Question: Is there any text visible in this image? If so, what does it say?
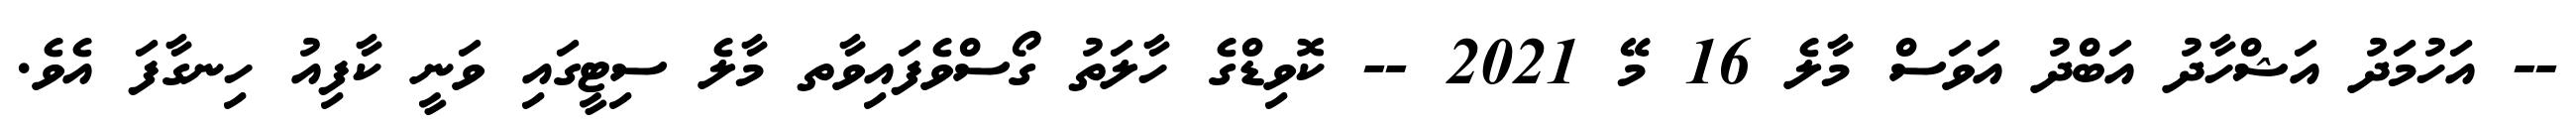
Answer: -- އަހުމަދު އަޝްހާދު އަބްދު އަވަސް މާލެ 16 މޭ 2021 -- ކޮވިޑްގެ ހާލަތު ގޯސްވެފައިވާތ މާލެ ސިޓީގައި ވަނީ ކާފިއު ހިނގާފަ އެވެ.